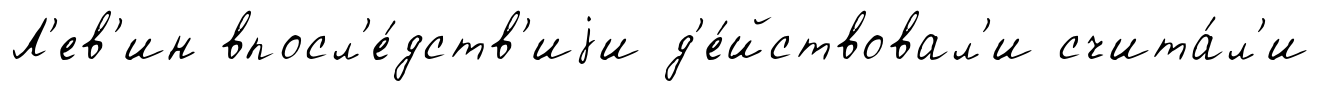
Л'ев'ин впосл'е́дств'иjи д'е́йствовал'и счита́л'и